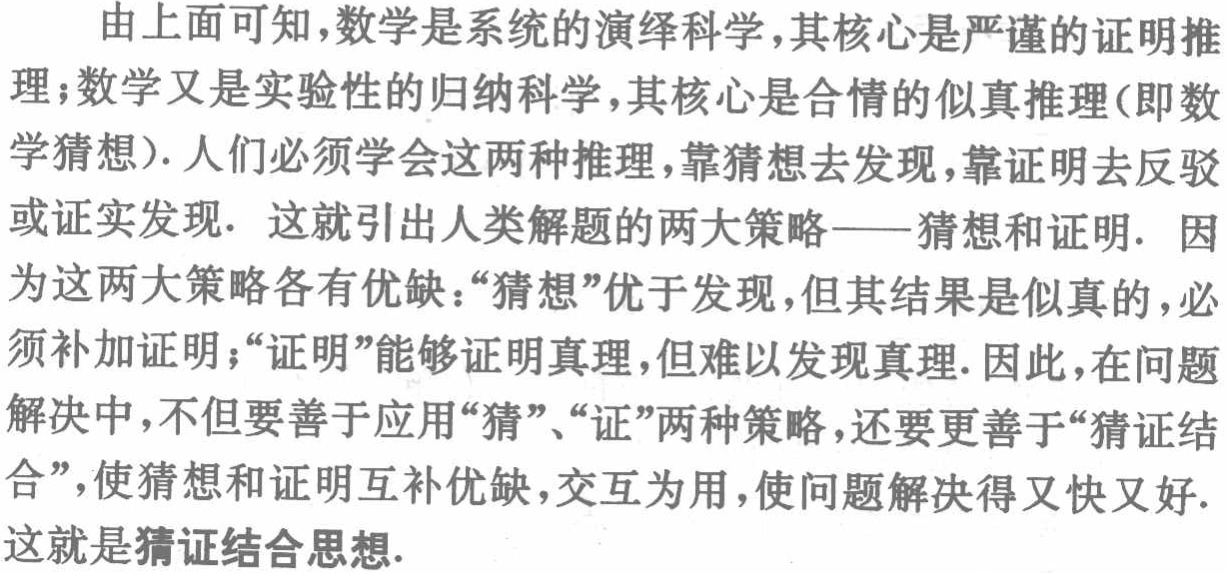
由上面可知，数学是系统的演绎科学，其核心是严谨的证明推理；数学又是实验性的归纳科学，其核心是合情的似真推理(即数学猜想). 人们必须学会这两种推理，靠猜想去发现，靠证明去反驳或证实发现. 这就引出人类解题的两大策略——猜想和证明. 因为这两大策略各有优缺：“猜想”优于发现，但其结果是似真的，必须补加证明；“证明”能够证明真理，但难以发现真理. 因此，在问题解决中，不但要善于应用“猜”、“证”两种策略，还要更善于“猜证结合”，使猜想和证明互补优缺，交互为用，使问题解决得又快又好. 这就是猜证结合思想.